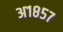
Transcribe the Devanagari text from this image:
अ१८५७